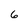
Character: 6